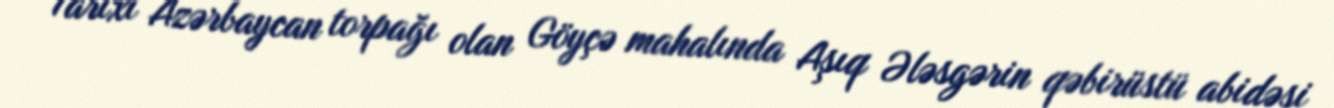
Tarixi Azərbaycan torpağı olan Göyçə mahalında Aşıq Ələsgərin qəbirüstü abidəsi